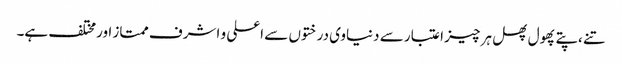
تنے ،پتے پھول پھل ہر چیز اعتبار سے دنیاوی درختوں سے اعلی و اشرف ممتاز اورمختلف ہے۔